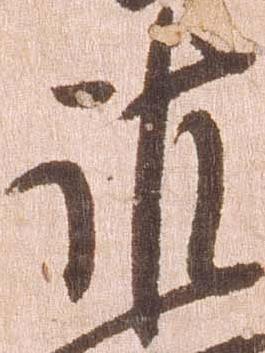
護